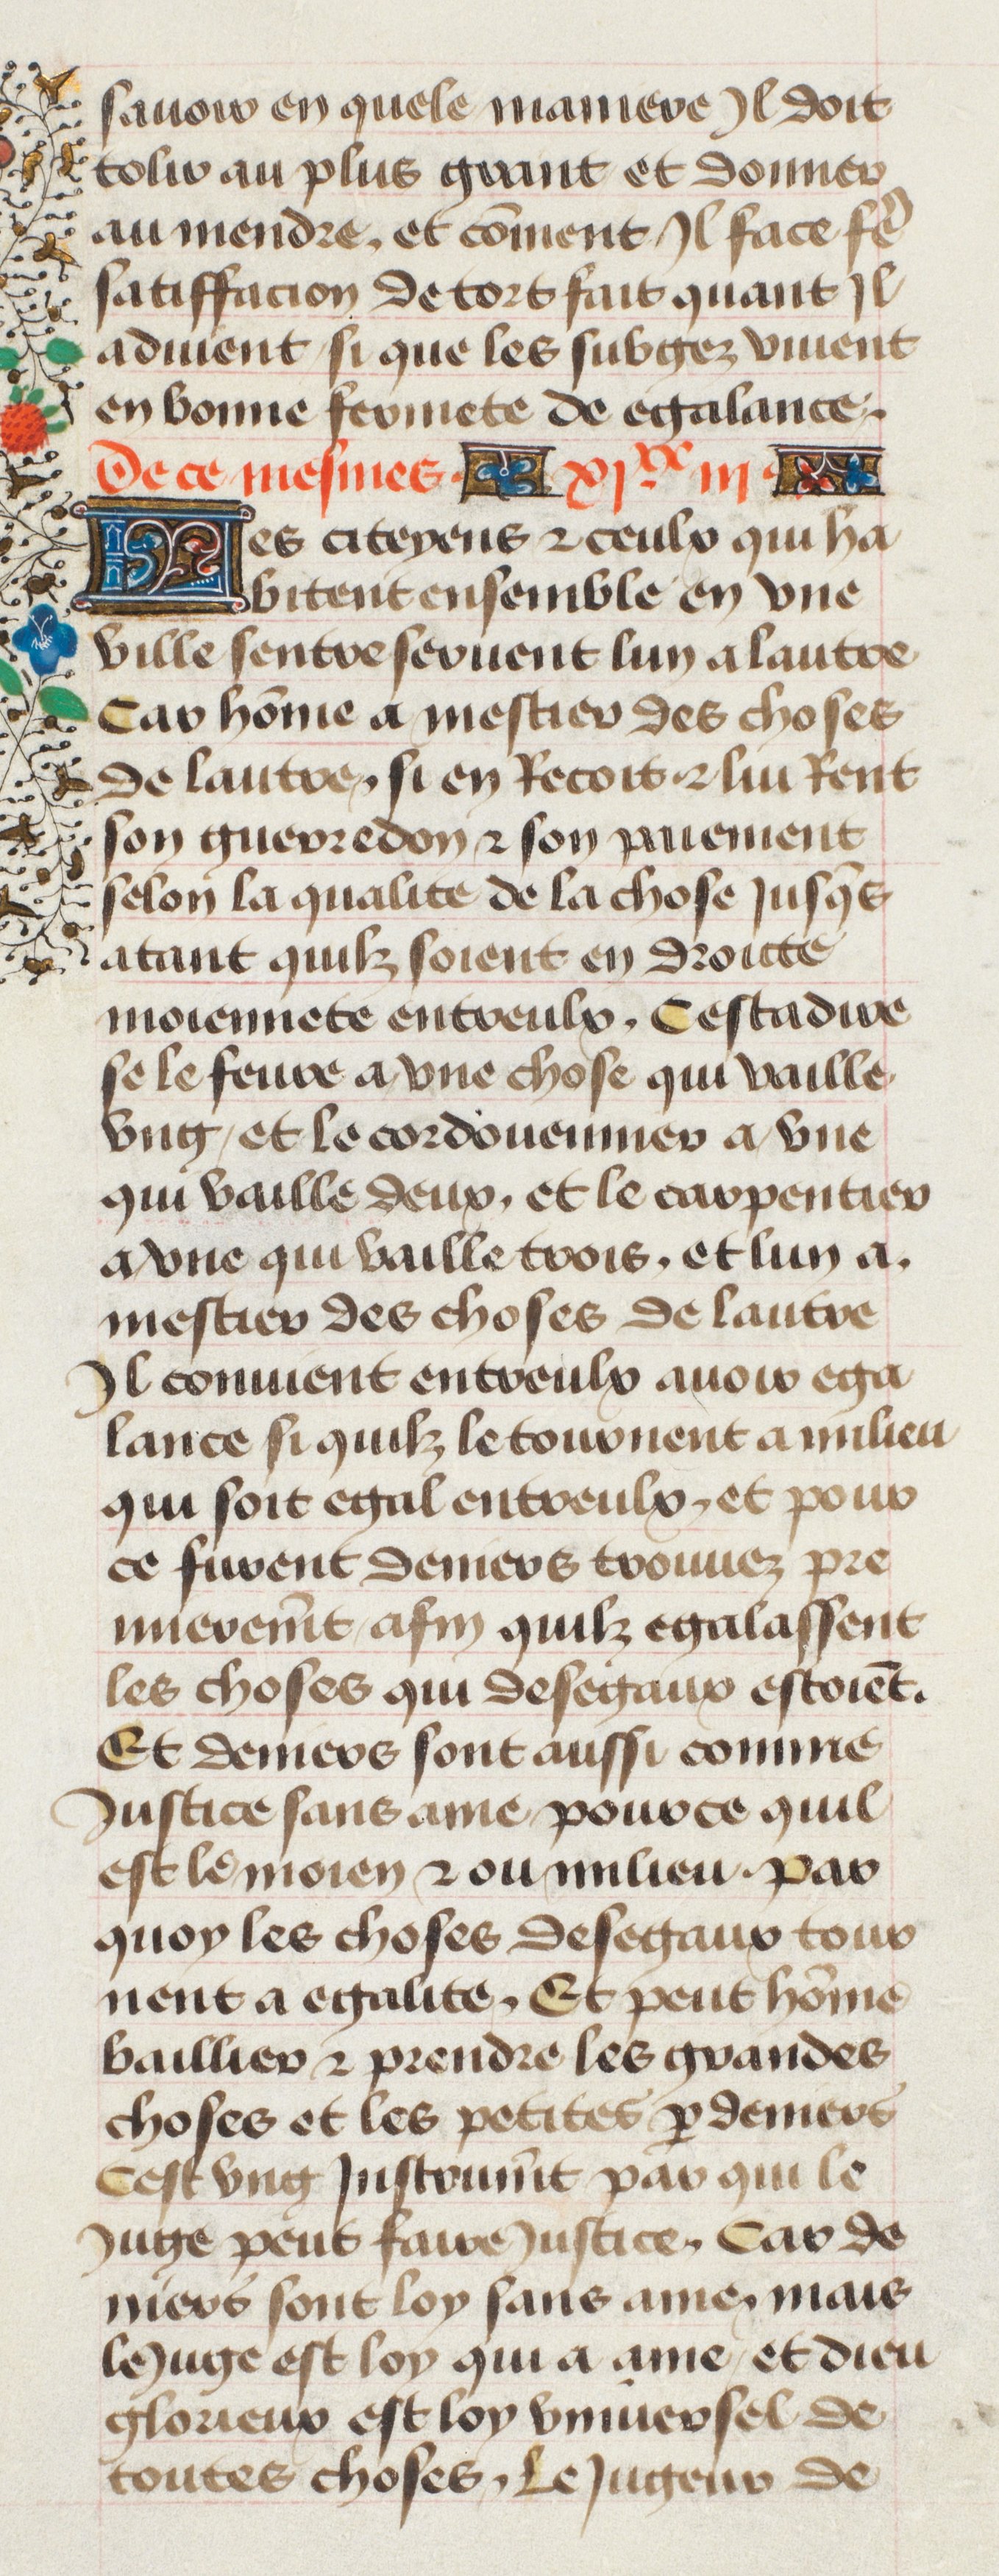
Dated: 1435–1495